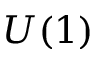
U ( 1 )